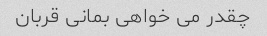
چقدر می خواهی بمانی قربان